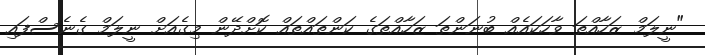
"ނީލަމް ޒަހާއްތަ ވާހަކައެއް ބުނަންތަ ޒަހާއްތަގެ ކަންތައްތައް ކޮށްދޭން މިގެއަށް ނީލަމް ގެނެސްފައި